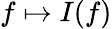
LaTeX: f\mapsto I(f)